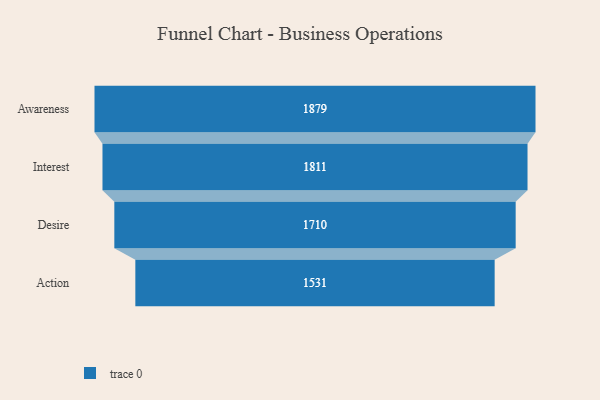
{"axis": {"x": "Stage", "y": "Value"}, "legend": [""], "data": [{"x": "Awareness", "y": 1879.0, "type": ""}, {"x": "Interest", "y": 1811.0, "type": ""}, {"x": "Desire", "y": 1710.0, "type": ""}, {"x": "Action", "y": 1531.0, "type": ""}]}